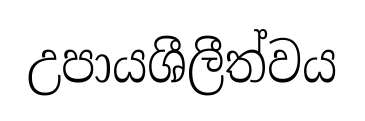
උපායශීලීත්වය